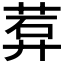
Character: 𬜽